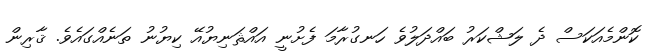
ކޮންމެއަކަސް ދެ ލަޝްކަރު ބައްދަލުވެ ހަނގުރާމަ ފެށުނީ އައްޘަނިޔުއޭ ކިޔުނު ތަނެއްގައެވެ. ޤާރިން